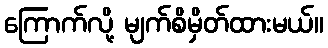
ကြောက်လို့ မျက်စိမှိတ်ထားမယ်။